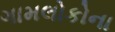
ગામલોકોના